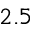
2 . 5